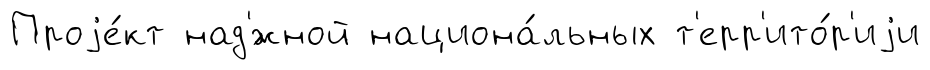
Проjе́кт над'́жной национа́льных т'ерр'ито́р'иjи